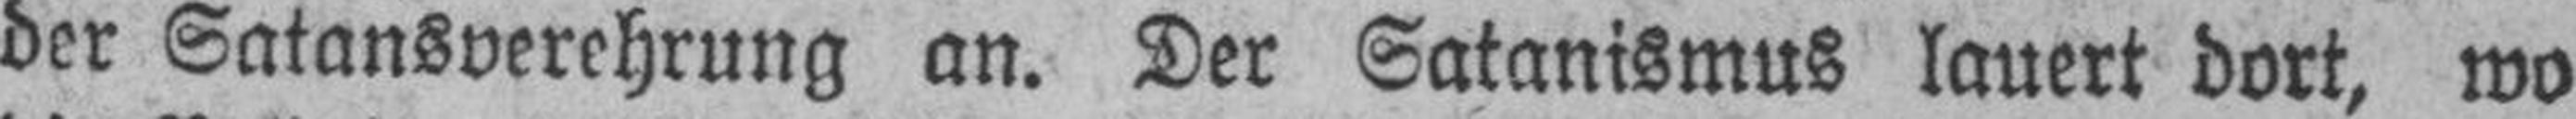
der Satansverehrung an. Der Satanismus lauert dort, wo